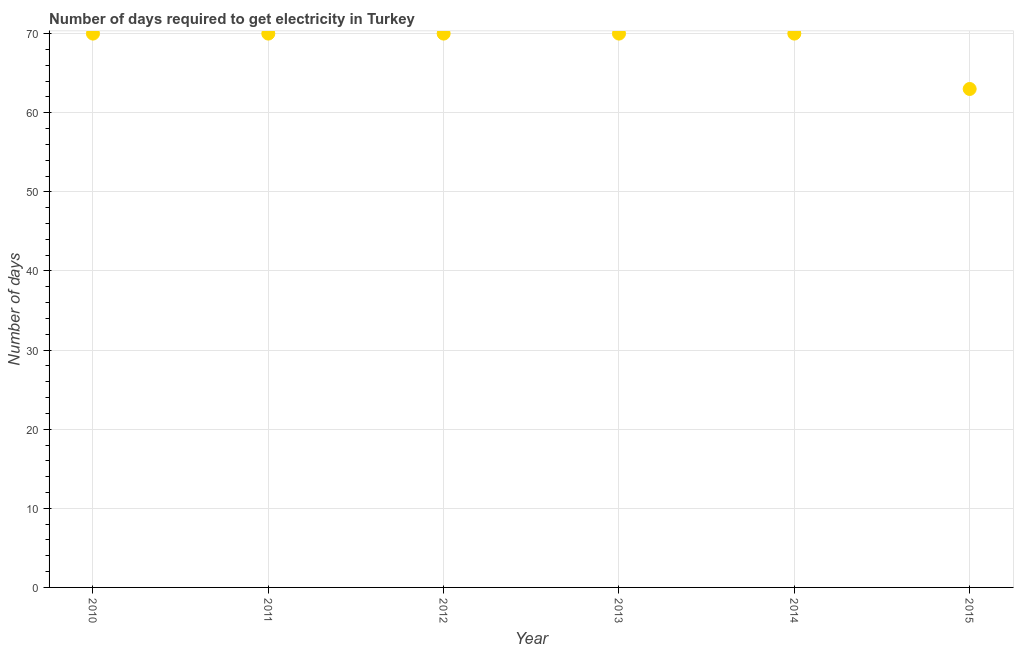
| Year | Time to get electricity |
 | --- | --- |
 | 2010 | 70 |
 | 2011 | 70 |
 | 2012 | 70 |
 | 2013 | 70 |
 | 2014 | 70 |
 | 2015 | 63 |